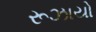
રૂઝાયો